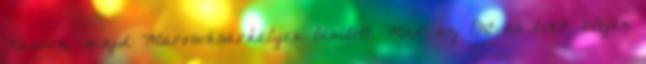
Kassán, majd Marosvásárhelyen tanított. Már az 1910-es évek elején